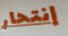
إنتحار